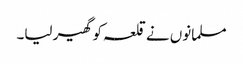
مسلمانوں نے قلعہ کو گھیر لیا۔